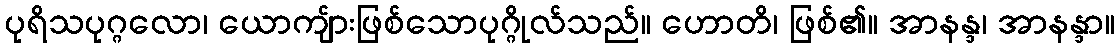
ပုရိသပုဂ္ဂလော၊ ယောကျ်ားဖြစ်သောပုဂ္ဂိုလ်သည်။ ဟောတိ၊ ဖြစ်၏။ အာနန္ဒ၊ အာနန္ဒာ။